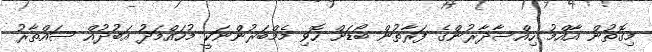
މިގޮތުން އާއްމު ހިއްސާދާރުންގެ ފަރާތުން ބޯޑަށް ހޮވި މެމްބަރުންނަކީ މުހައްމަދު އަބުދުއް ސައްތާރު